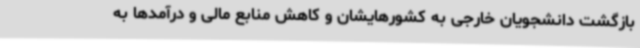
بازگشت دانشجویان خارجی به کشورهایشان و کاهش منابع مالی و درآمدها به